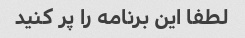
لطفا این برنامه را پر کنید